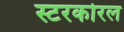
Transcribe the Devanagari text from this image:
स्टरकोरल